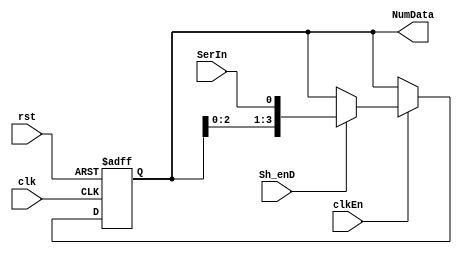
module DataNum_Shr (
    input clk,
    rst,
    clkEn,
    SerIn,
    Sh_enD,
    output reg [3:0] NumData
);

  always @(posedge clk, posedge rst) begin
    if (rst) NumData <= 0;
    else if (clkEn)
     if (Sh_enD) 
     NumData <= {NumData[2:0], SerIn};
  end

endmodule